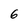
Character: 6